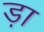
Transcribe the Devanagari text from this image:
ड़ा